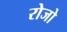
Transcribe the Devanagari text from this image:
रोजो